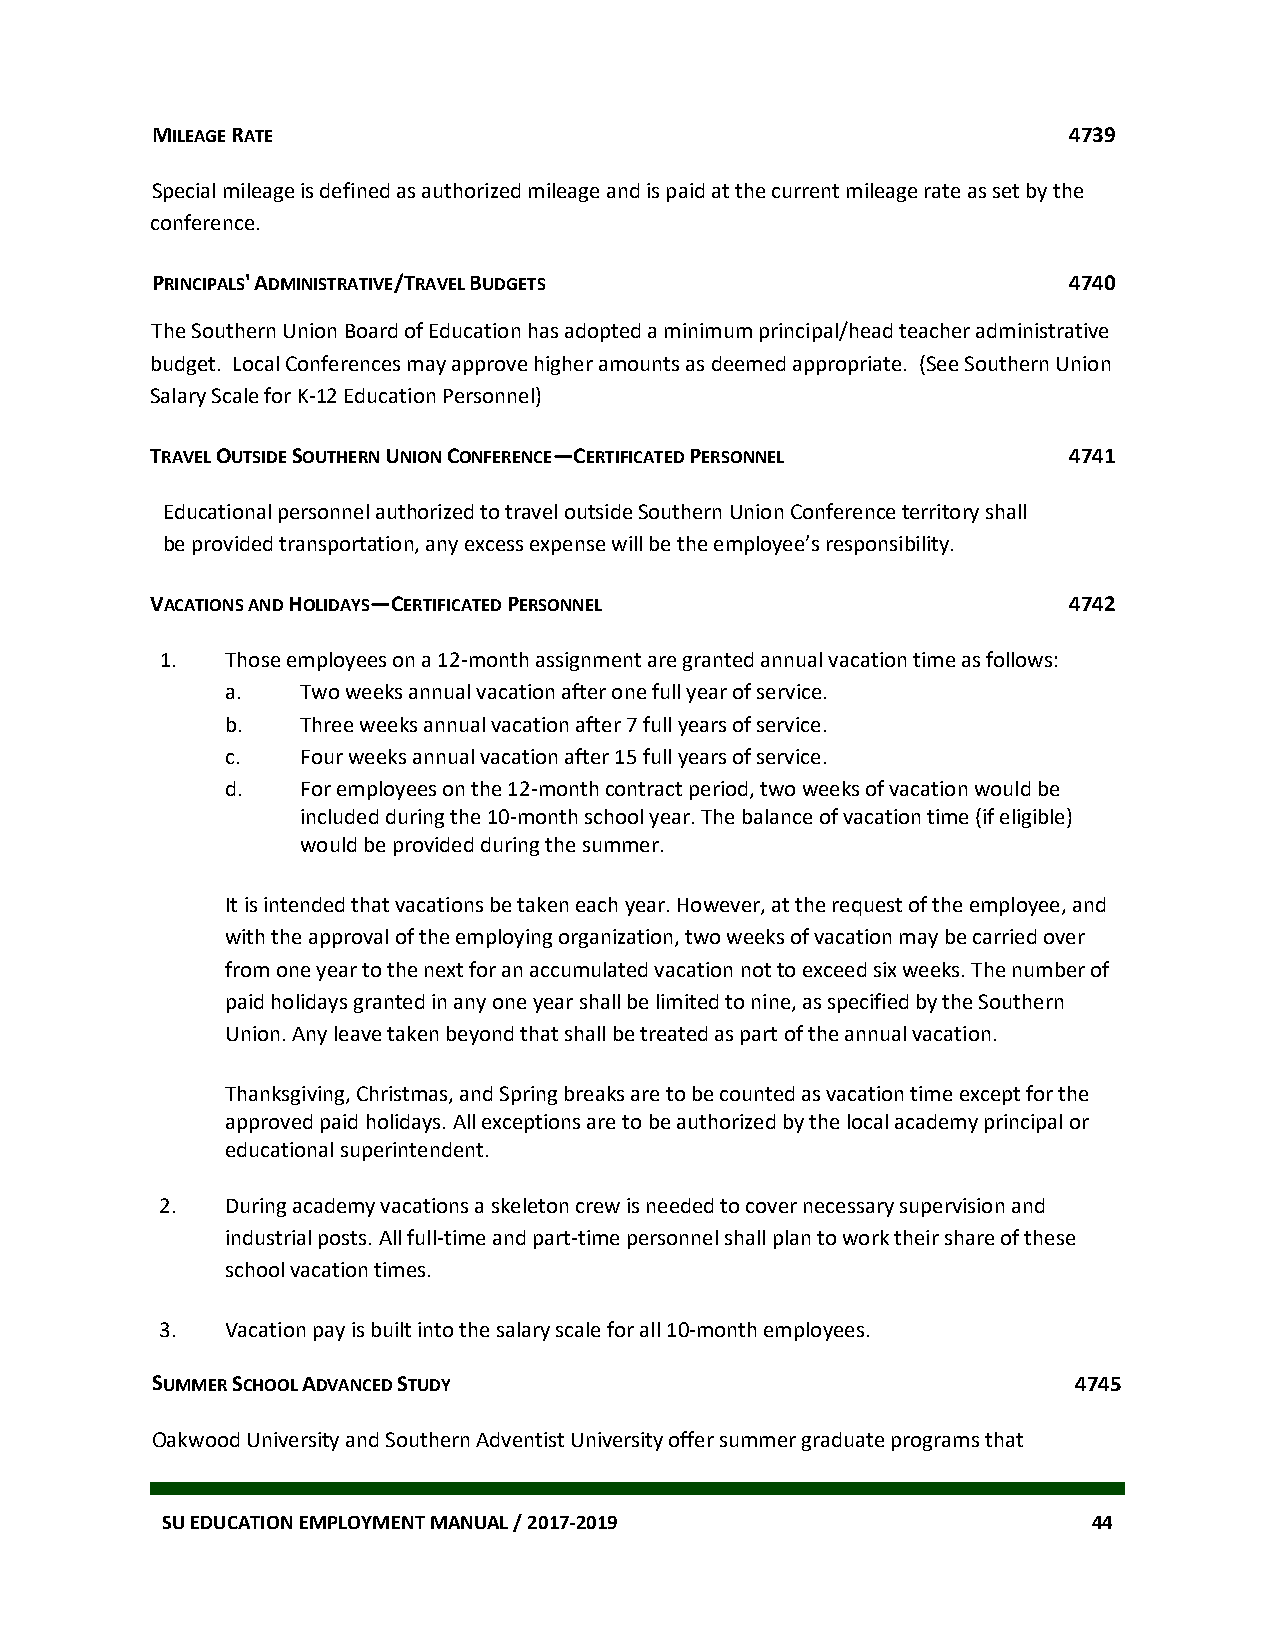
MILEAGE RATE                                                 4739
 Special mileage is defined as authorized mileage and is paid at the current mileage rate as set by the
 conference.
 PRINCIPALS' ADMINISTRATIVE/TRAVEL BUDGETS                    4740
 The Southern Union Board of Education has adopted a minimum principal/head teacher administrative
 budget. Local Conferences may approve higher amounts as deemed appropriate. (See Southern Union
 Salary Scale for K-12 Education Personnel)
 TRAVEL OUTSIDE SOUTHERN UNION CONFERENCE—CERTIFICATED PERSONNEL 4741
 Educational personnel authorized to travel outside Southern Union Conference territory shall
 be provided transportation, any excess expense will be the employee’s responsibility.
 VACATIONS AND HOLIDAYS—CERTIFICATED PERSONNEL                4742
 1.  Those employees on a 12-month assignment are granted annual vacation time as follows:
 a.   Two weeks annual vacation after one full year of service.
 b.   Three weeks annual vacation after 7 full years of service.
 c.   Four weeks annual vacation after 15 full years of service.
 d.   For employees on the 12-month contract period, two weeks of vacation would be
 included during the 10-month school year. The balance of vacation time (if eligible)
 would be provided during the summer.
 It is intended that vacations be taken each year. However, at the request of the employee, and
 with the approval of the employing organization, two weeks of vacation may be carried over
 from one year to the next for an accumulated vacation not to exceed six weeks. The number of
 paid holidays granted in any one year shall be limited to nine, as specified by the Southern
 Union. Any leave taken beyond that shall be treated as part of the annual vacation.
 Thanksgiving, Christmas, and Spring breaks are to be counted as vacation time except for the
 approved paid holidays. All exceptions are to be authorized by the local academy principal or
 educational superintendent.
 2.  During academy vacations a skeleton crew is needed to cover necessary supervision and
 industrial posts. All full-time and part-time personnel shall plan to work their share of these
 school vacation times.
 3.  Vacation pay is built into the salary scale for all 10-month employees.
 SUMMER SCHOOL ADVANCED STUDY                                 4745
 Oakwood University and Southern Adventist University offer summer graduate programs that
 SU EDUCATION EMPLOYMENT MANUAL / 2017-2019                   44